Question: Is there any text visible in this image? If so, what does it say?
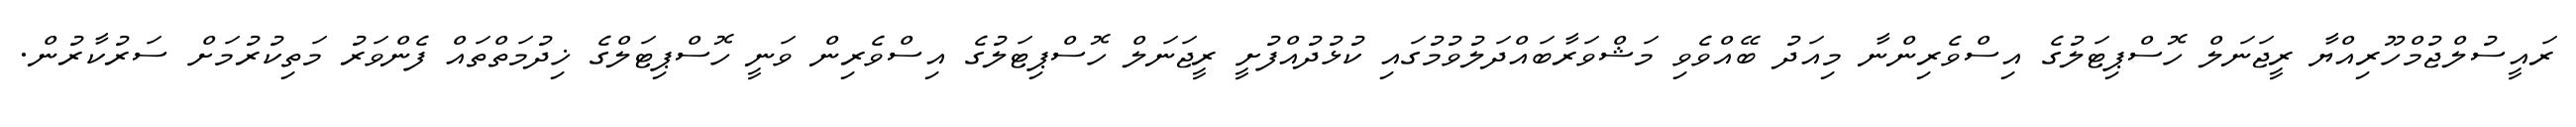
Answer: ރައީސުލްޖުމްހޫރިއްޔާ ރީޖަނަލް ހޮސްޕިޓަލުގެ އިސްވެރިންނާ މިއަދު ބޭއްވެވި މަޝްވަރާބައްދަލުވުމުގައި ކުޅުދުއްފުށީ ރީޖަނަލް ހޮސްޕިޓަލުގެ އިސްވެރިން ވަނީ ހޮސްޕިޓަލްގެ ޚިދުމަތްތައް ފެންވަރު މަތިކުރުމަށް ސަރުކާރުން.